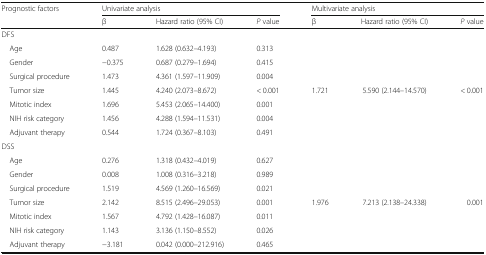
<table><thead><tr><td rowspan="2"><b>Prognostic factors</b></td><td colspan="3"><b>Univariate analysis</b></td><td colspan="3"><b>Multivariate analysis</b></td></tr><tr><td><b>β</b></td><td><b>Hazard ratio (95% CI)</b></td><td><b><i>P</i> value</b></td><td><b>β</b></td><td><b>Hazard ratio (95% CI)</b></td><td><b><i>P</i> value</b></td></tr></thead><tbody><tr><td colspan="7">DFS</td></tr><tr><td> Age</td><td>0.487</td><td>1.628 (0.632–4.193)</td><td>0.313</td><td></td><td></td><td></td></tr><tr><td> Gender</td><td>−0.375</td><td>0.687 (0.279–1.694)</td><td>0.415</td><td></td><td></td><td></td></tr><tr><td> Surgical procedure</td><td>1.473</td><td>4.361 (1.597–11.909)</td><td>0.004</td><td></td><td></td><td></td></tr><tr><td> Tumor size</td><td>1.445</td><td>4.240 (2.073–8.672)</td><td>&lt; 0.001</td><td>1.721</td><td>5.590 (2.144–14.570)</td><td>&lt; 0.001</td></tr><tr><td> Mitotic index</td><td>1.696</td><td>5.453 (2.065–14.400)</td><td>0.001</td><td></td><td></td><td></td></tr><tr><td> NIH risk category</td><td>1.456</td><td>4.288 (1.594–11.531)</td><td>0.004</td><td></td><td></td><td></td></tr><tr><td> Adjuvant therapy</td><td>0.544</td><td>1.724 (0.367–8.103)</td><td>0.491</td><td></td><td></td><td></td></tr><tr><td colspan="7">DSS</td></tr><tr><td> Age</td><td>0.276</td><td>1.318 (0.432–4.019)</td><td>0.627</td><td></td><td></td><td></td></tr><tr><td> Gender</td><td>0.008</td><td>1.008 (0.316–3.218)</td><td>0.989</td><td></td><td></td><td></td></tr><tr><td> Surgical procedure</td><td>1.519</td><td>4.569 (1.260–16.569)</td><td>0.021</td><td></td><td></td><td></td></tr><tr><td> Tumor size</td><td>2.142</td><td>8.515 (2.496–29.053)</td><td>0.001</td><td>1.976</td><td>7.213 (2.138–24.338)</td><td>0.001</td></tr><tr><td> Mitotic index</td><td>1.567</td><td>4.792 (1.428–16.087)</td><td>0.011</td><td></td><td></td><td></td></tr><tr><td> NIH risk category</td><td>1.143</td><td>3.136 (1.150–8.552)</td><td>0.026</td><td></td><td></td><td></td></tr><tr><td> Adjuvant therapy</td><td>−3.181</td><td>0.042 (0.000–212.916)</td><td>0.465</td><td></td><td></td><td></td></tr></tbody></table>